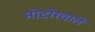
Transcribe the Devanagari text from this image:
मोटोरवाले